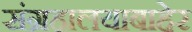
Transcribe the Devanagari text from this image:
संग्रहालयाबाहेर